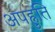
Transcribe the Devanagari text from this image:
अपह्नुति